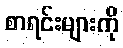
စာရင်းများကို